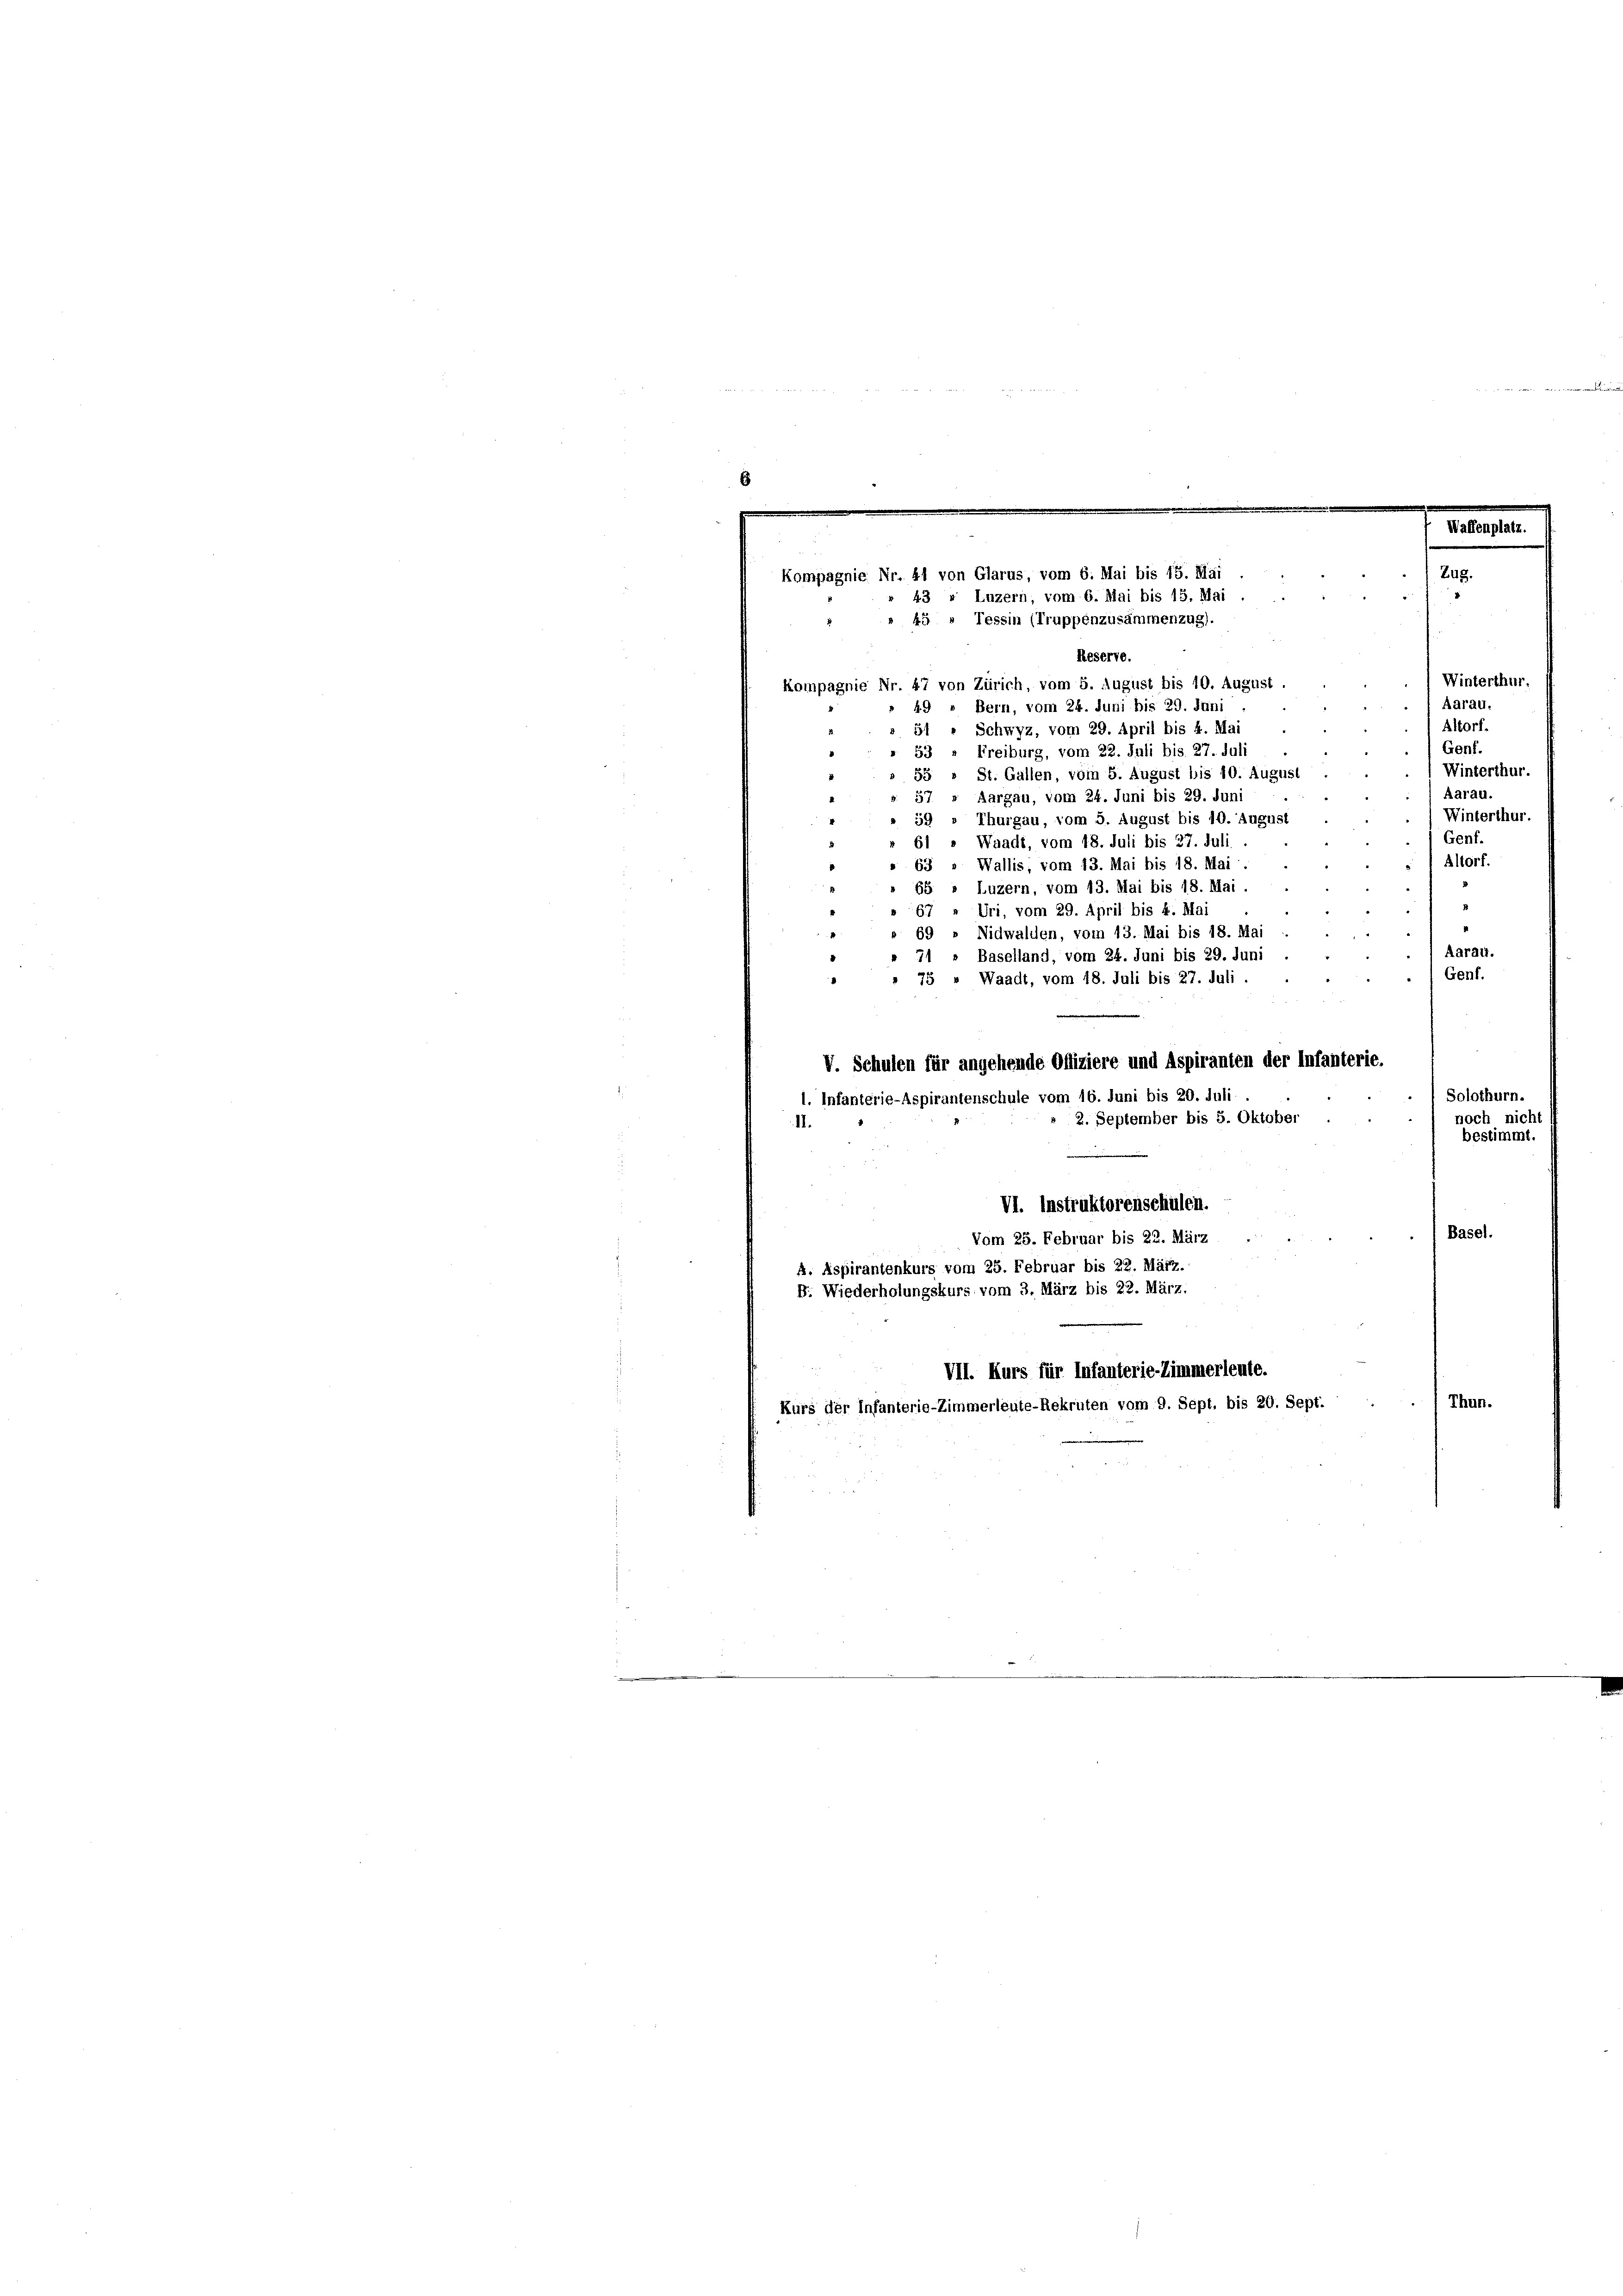
1 N. 280. 14 St

2
8

Winterthur
Kompagnie Nr. 47 von Zürich, vom 5. August bis 10. August.
Aarau.
49 » Bern, vom 24. Juni bis 29. Juni
Altorf.
5 " Schwyz, vom 29. April bis 4. Mai
Genf.
Freiburg, vom 22. Juli bis 27. Juli
53
Winterthur.
St. Gallen, vom 5. August bis 10. August
Aarau.
Aargau, vom 24. Juni bis 29. Juni
Winterthur.
Thurgau, vom 5. August bis 10. August
Genf.
Waadt, vom 18. Juli bis 27. Juli
Altorf.
Wallis, vom 13. Mai bis 18. Mai
» Luzern, vom 13. Mai bis 18. Mai.
4
67 » Uri, vom 29. April bis 4. Mai
“
» 69 » Nidwalden, vom 13. Mai bis 18. Mai
Aarau.
" 71 » Baselland, vom 24. Juni bis 29. Juni
Genf.
» 75 " Waadt, vom 18. Juli bis 27. Juli.
e
V. Schulen für angehende Offiziere und Aspiranten der Infanterie.
Solothurn.
1. Infanterie-Aspirantenschule vom 16. Juni bis 20. Juli
noch nicht
2. September bis 3. Oktober
bestimmt.
VI. Instruktorenschulen.
Basel.
Vom 25. Februar bis 22. März
A. Aspirantenkurs vom 25. Februar bis 22. März.
B. Wiederholungskurs vom 3. März bis 22. März.
VII. Kurs für Infanterie-Zimmerleute.
Thun.
Kurs der Infanterie-Zimmerleute-Rekruten vom 9. Sept. bis 20. Sept.

Waffenpla
Zug.
Kompagnie Nr. 41 von Glarus, vom 6. Mai bis 15. Mai
43 « Luzern, vom 6. Mai bis 13. Mai
45 " Tessin (Truppenzusammenzug).
Reserve